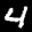
Label: 4